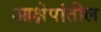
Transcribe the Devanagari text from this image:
आक्षेपांतील